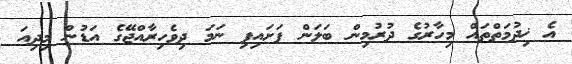
އެ ޚިދުމަތްތައް މިހާރުގެ ދުރުމިން ބަލަން ފަށައިފި ނަމަ ދިވެހިރާއްޖޭގެ އަޑުން މިދިއަ